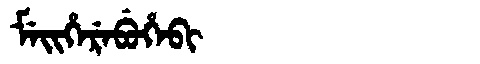
Manchu: ᠮᡝᡳᡥᡝᡵᡝᠪᡠᡥᡝᠪᡳ
Romanization: MEIHEREBUHEBI